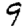
Digit: 9